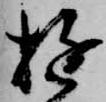
遊